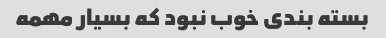
بسته بندی خوب نبود که بسیار مهمه